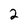
Character: 2